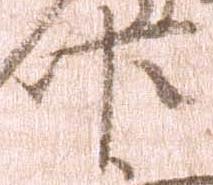
臣